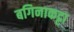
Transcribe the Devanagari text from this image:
बगिनाकट्टा